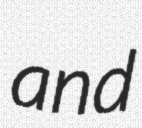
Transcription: and